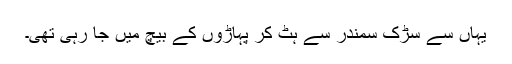
یہاں سے سڑک سمندر سے ہٹ کر پہاڑوں کے بیچ میں جا رہی تھی۔